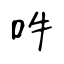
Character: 吽